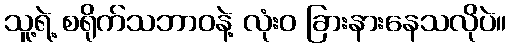
သူ့ရဲ့ စရိုက်သဘာဝနဲ့ လုံးဝ ခြားနားနေသလိုပဲ။